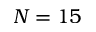
N = 1 5